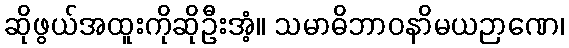
ဆိုဖွယ်အထူးကိုဆိုဦးအံ့။ သမာဓိဘာဝနာိမယဉာဏေ၊